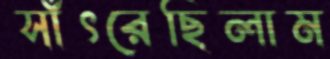
সাঁৎরেছিলাম